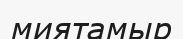
миятамыр